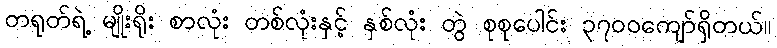
တရုတ်ရဲ့ မျိုးရိုး စာလုံး တစ်လုံးနှင့် နှစ်လုံး တွဲ စုစုပေါင်း ၃၇၀၀ကျော်ရှိတယ်။